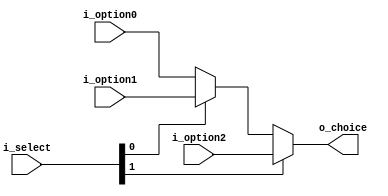
`timescale 1ns / 1ps
//////////////////////////////////////////////////////////////////////////////////
// Company: 
// Engineer: 
// 
// Design Name: 
// Module Name: mux3to1
// Project Name: 
// Target Devices: 
// Tool Versions: 
// Description: 
// 
// Dependencies: 
// 
// Revision:
// Revision 0.01 - File Created
// Additional Comments:
// 
//////////////////////////////////////////////////////////////////////////////////

module  mux3to1 #
                (
                    parameter DATA_WIDTH    = 32
                )
                (
                    input  [DATA_WIDTH-1:0] i_option0,
                    input  [DATA_WIDTH-1:0] i_option1,
                    input  [DATA_WIDTH-1:0] i_option2,
                    input  [1:0]            i_select,
                    output [DATA_WIDTH-1:0] o_choice
                );
                
    assign o_choice = i_select[1] ? i_option2 : (i_select[0] ? i_option1 : i_option0);

endmodule  //mux3to1